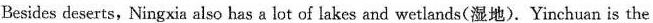
Besides deserts, Ningxia also has a lot of lakes and wetlands(湿地).Yinchuan is the